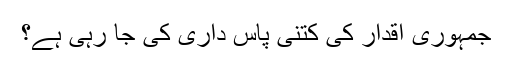
جمہوری اقدار کی کتنی پاس داری کی جا رہی ہے؟